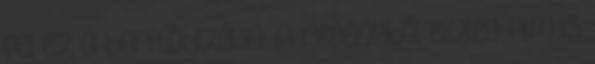
fel ez a borítódizájn. A regényből elvileg film is